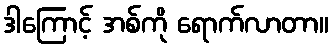
ဒါကြောင့် အစ်ကို ရောက်လာတာ။